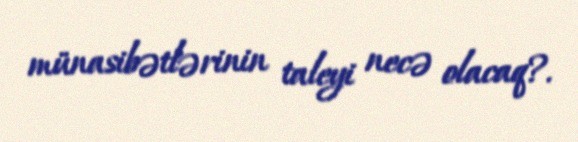
münasibətlərinin taleyi necə olacaq?.